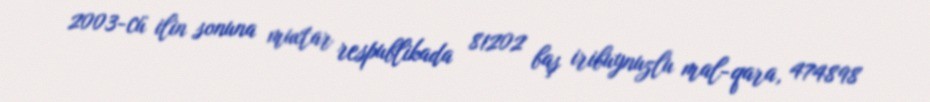
2003-cü ilin sonuna muxtar respublikada 81202 baş iribuynuzlu mal-qara, 474898